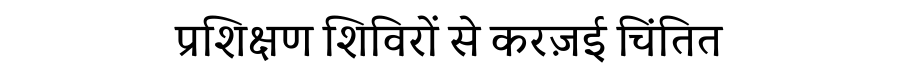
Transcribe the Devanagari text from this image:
प्रशिक्षण शिविरों से करज़ई चिंतित